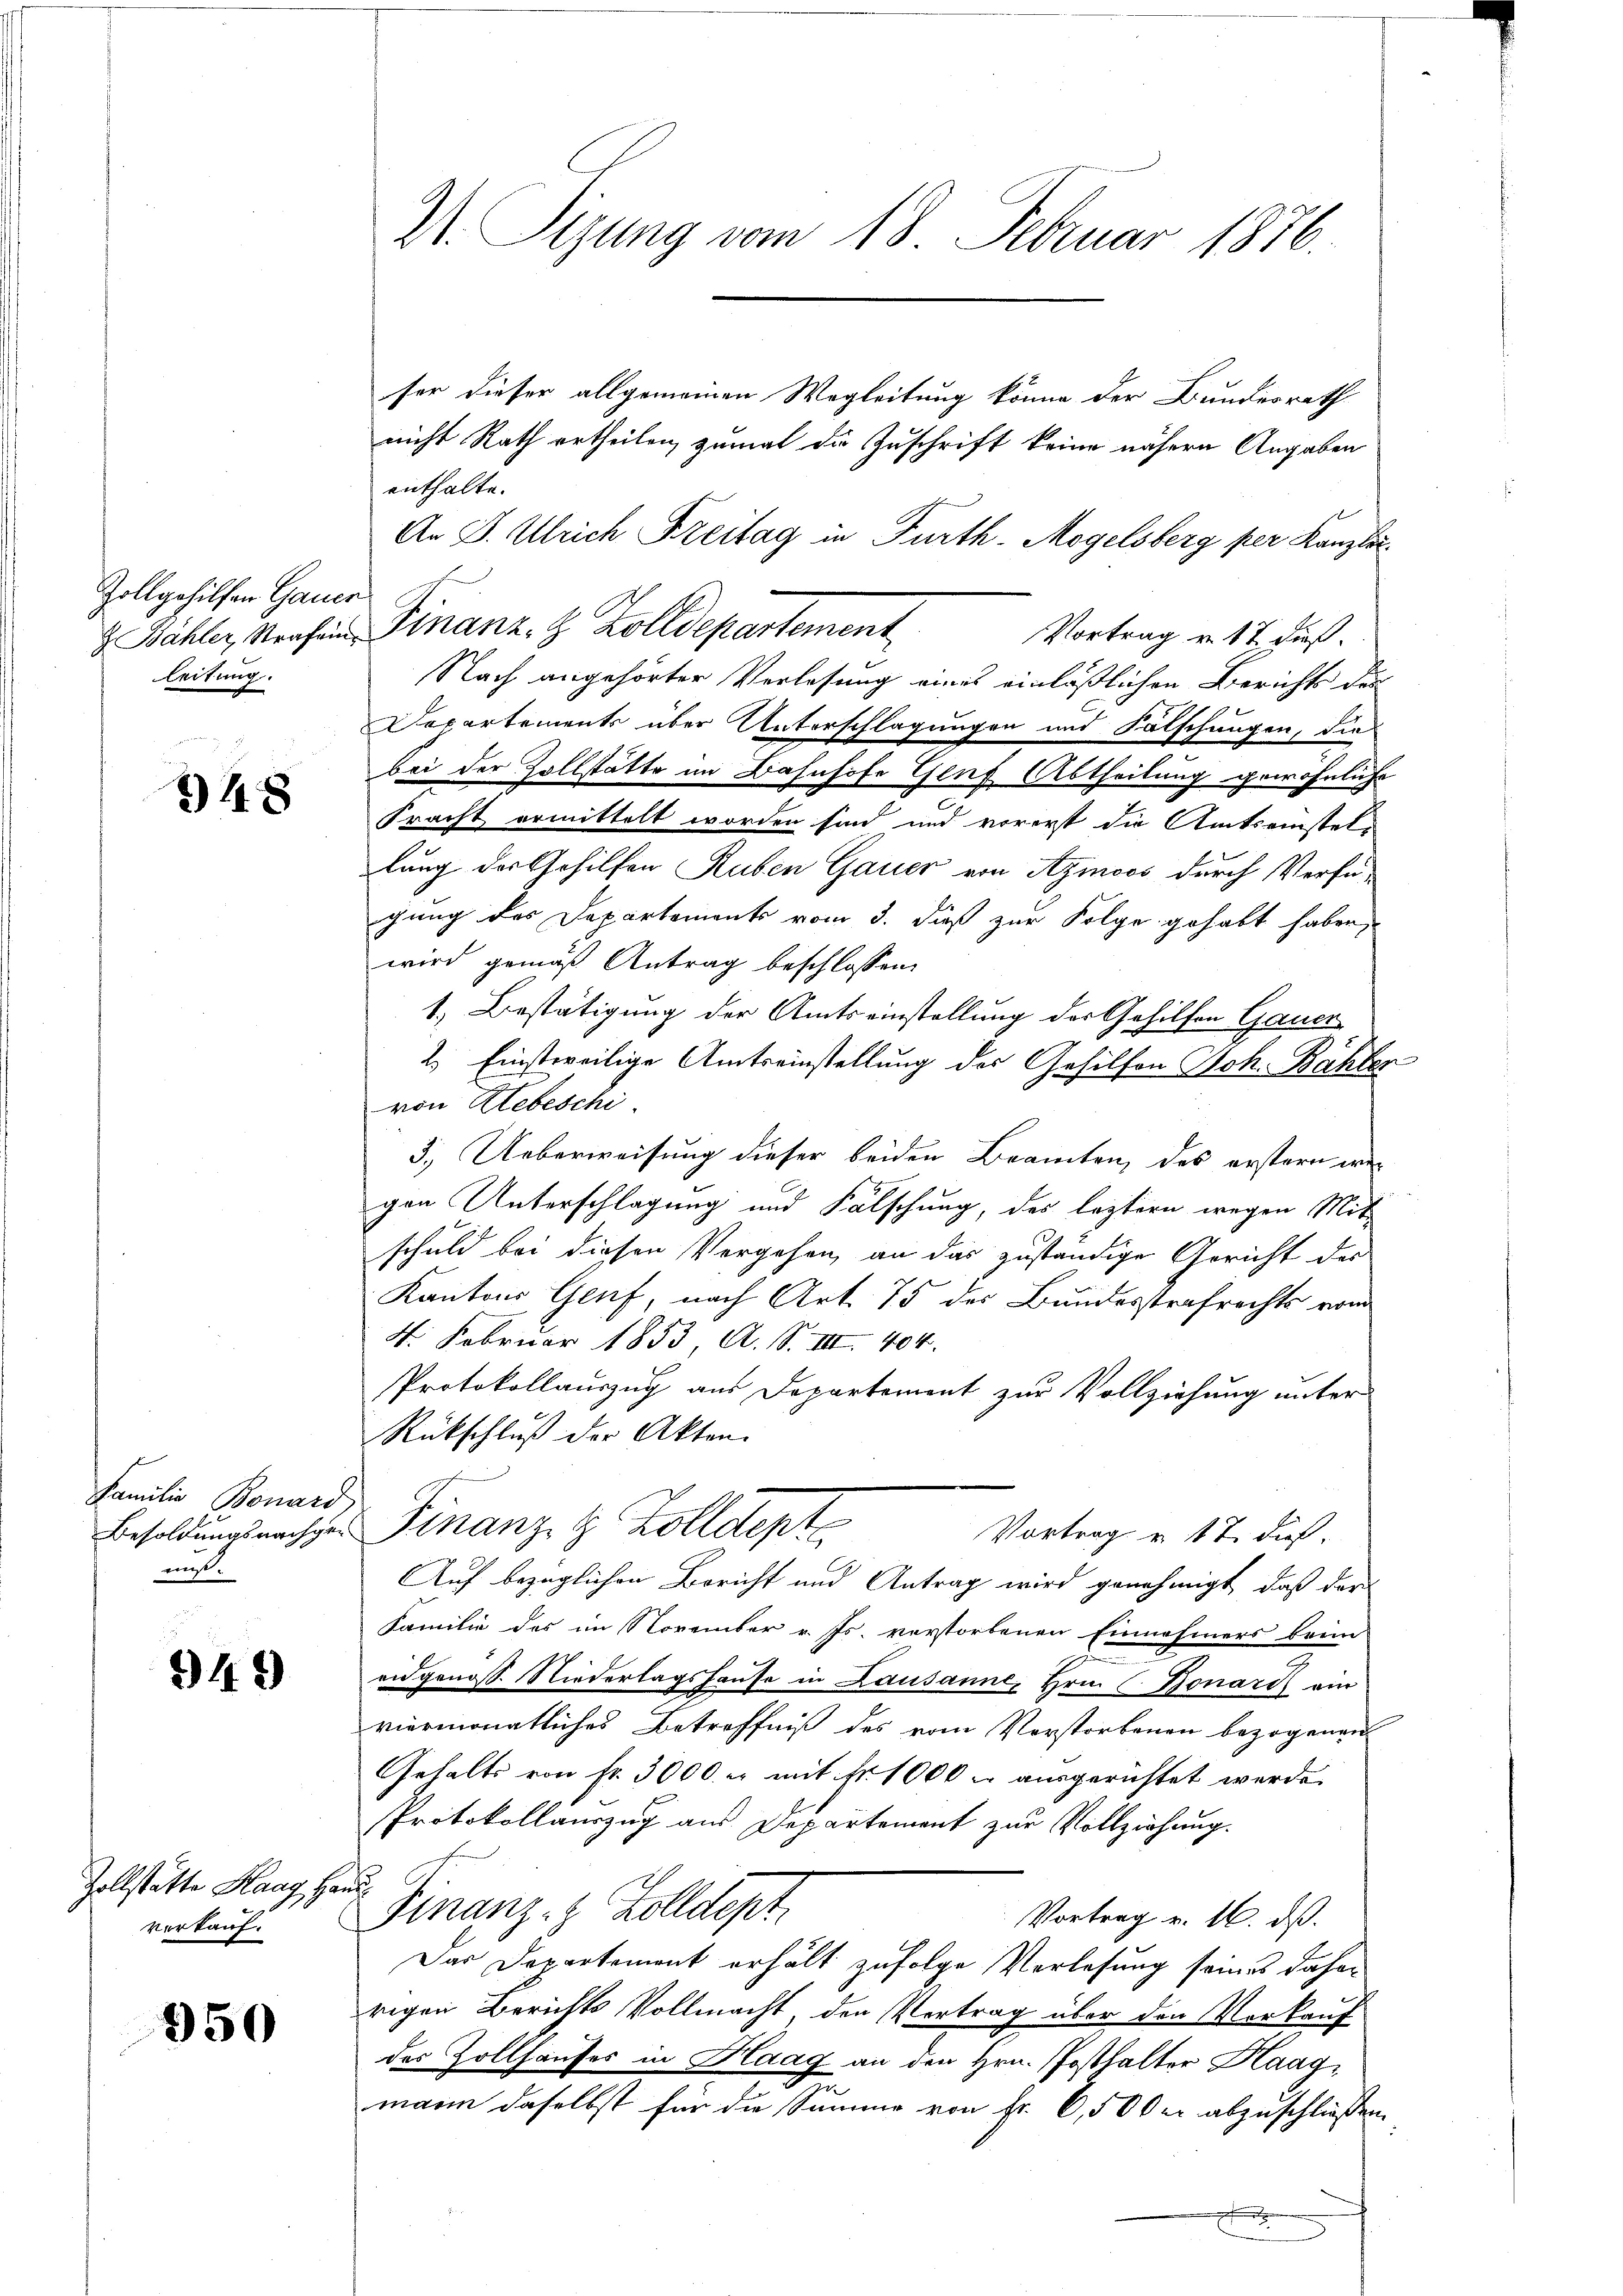
Zollgehilfen Gauer
leitung.

348

Familie Bonard
Besoldungsnachgemus.

949

Zollstätte Haag ge
verkauf.

950

V. Sizung vom 18. Februar 1876.

ser dieser allgemeinen Wegleitung könne der Bundesrath
nicht Rath ertheilen, zumal die Zuschrift keine nähern Angaben
enthalte.
An J. Ulrich Freitag in Furth-Mogelsberg per Kanzlei.
 Bähler, Strafen Finanz- & Zolldepartement
Vortrag v. 17. dieß.
Nach angehörter Verlesung eines einläßlichen Berichts der
Departements über Unterschlagungen und Falschungen, die
bei der Zollstätte im Bahnhofe Genf Abtheilung gewöhnliche
Fracht ermittelt worden sind und vorerst die Amtseinstellung der Gehilfen Ruben Gauer von Szmoos durch Verfü-
gung des Departements vom 3. dieß zur Folge gehabt haben,
wird gemäß Antrag beschlossen:
1.) Bestätigung der Amtseinstellung der Gehilfen Gauer
2. Einstweilige Amtseinstellung des Gehilfen Joh. Bähler
von Rebeschi
3.) Ueberweisung dieser beiden Beamten, des erstern we
gen Unterschlagung und Fälschung, des leztern wegen Mit-
schuld bei diesen Vergehen, an das zuständige Gericht der
Kantons Genf, nach Art. 75 des Bundesstrafrechts vom
4. Februar 1853, A. S. III 404.
Protokollauszug aus Departement zur Vollziehung unter
Rückschluß der Akten.
Finanz- & Zolldepte
Vortrag u. 17. dieß.
Auf bezüglichen Bericht und Antrag wird genehmigt, daß der
Familie des im November v. Js. verstorbenen Einnahmers beein
eidgenoss. Niederlagshause in Lausanne, Hrn. Bonari ein
viermonatliches Betreffniß des vom Verstorbenen bezogenen
Gehalts von fr. 3000. r. mit Nr. 1000 - ausgerichtet werde.
Protokollauszug aus Departement zur Vollziehung.
e
Finanz- & Zolldept.
Vortrag v. 16. ds.
Das Departement erhält zufolge Verlesung seines daher
rigen Berichts Vollmacht den Vertrag über den Verkauf
des Zollhauses in Haag an den Hrn. Posthalter Haag,
e
mann daselbst für die Summe von Fr. 6,500 er abzuschließen.
F